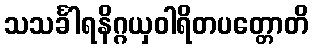
သသင်္ခါရနိဂ္ဂယှဝါရိတပတ္တောတိ